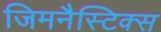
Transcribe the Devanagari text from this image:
जिमनैस्टिक्स